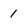
Character: 1